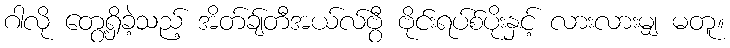
ဂါလို တွေ့ရှိခဲ့သည့် အိတ်ချ်တီအယ်လ်ဗွီ ဗိုင်းရပ်စ်ပိုးနှင့် လားလားမျှ မတူ။